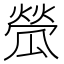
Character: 𤬐